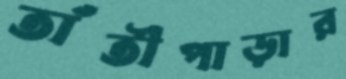
তাঁতীপাড়ার